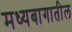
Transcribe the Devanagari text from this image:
मध्यबागातील